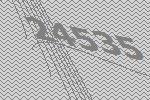
24535